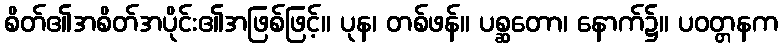
စိတ်၏အစိတ်အပိုင်း၏အဖြစ်ဖြင့်။ ပုန၊ တစ်ဖန်။ ပစ္ဆတော၊ နောက်၌။ ပဝတ္တနက